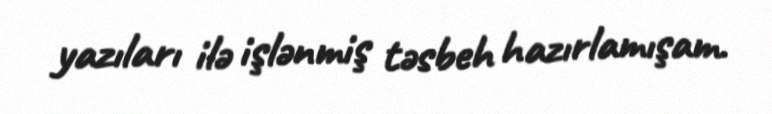
yazıları ilə işlənmiş təsbeh hazırlamışam.